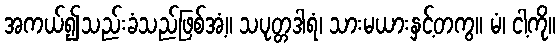
အကယ်၍သည်းခံသည်ဖြစ်အံ့။ သပုတ္တဒါရံ၊ သားမယားနှင့်တကွ။ မံ၊ ငါ့ကို။